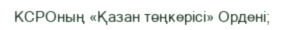
КСРОның «Қазан төңкерісі» Ордені;